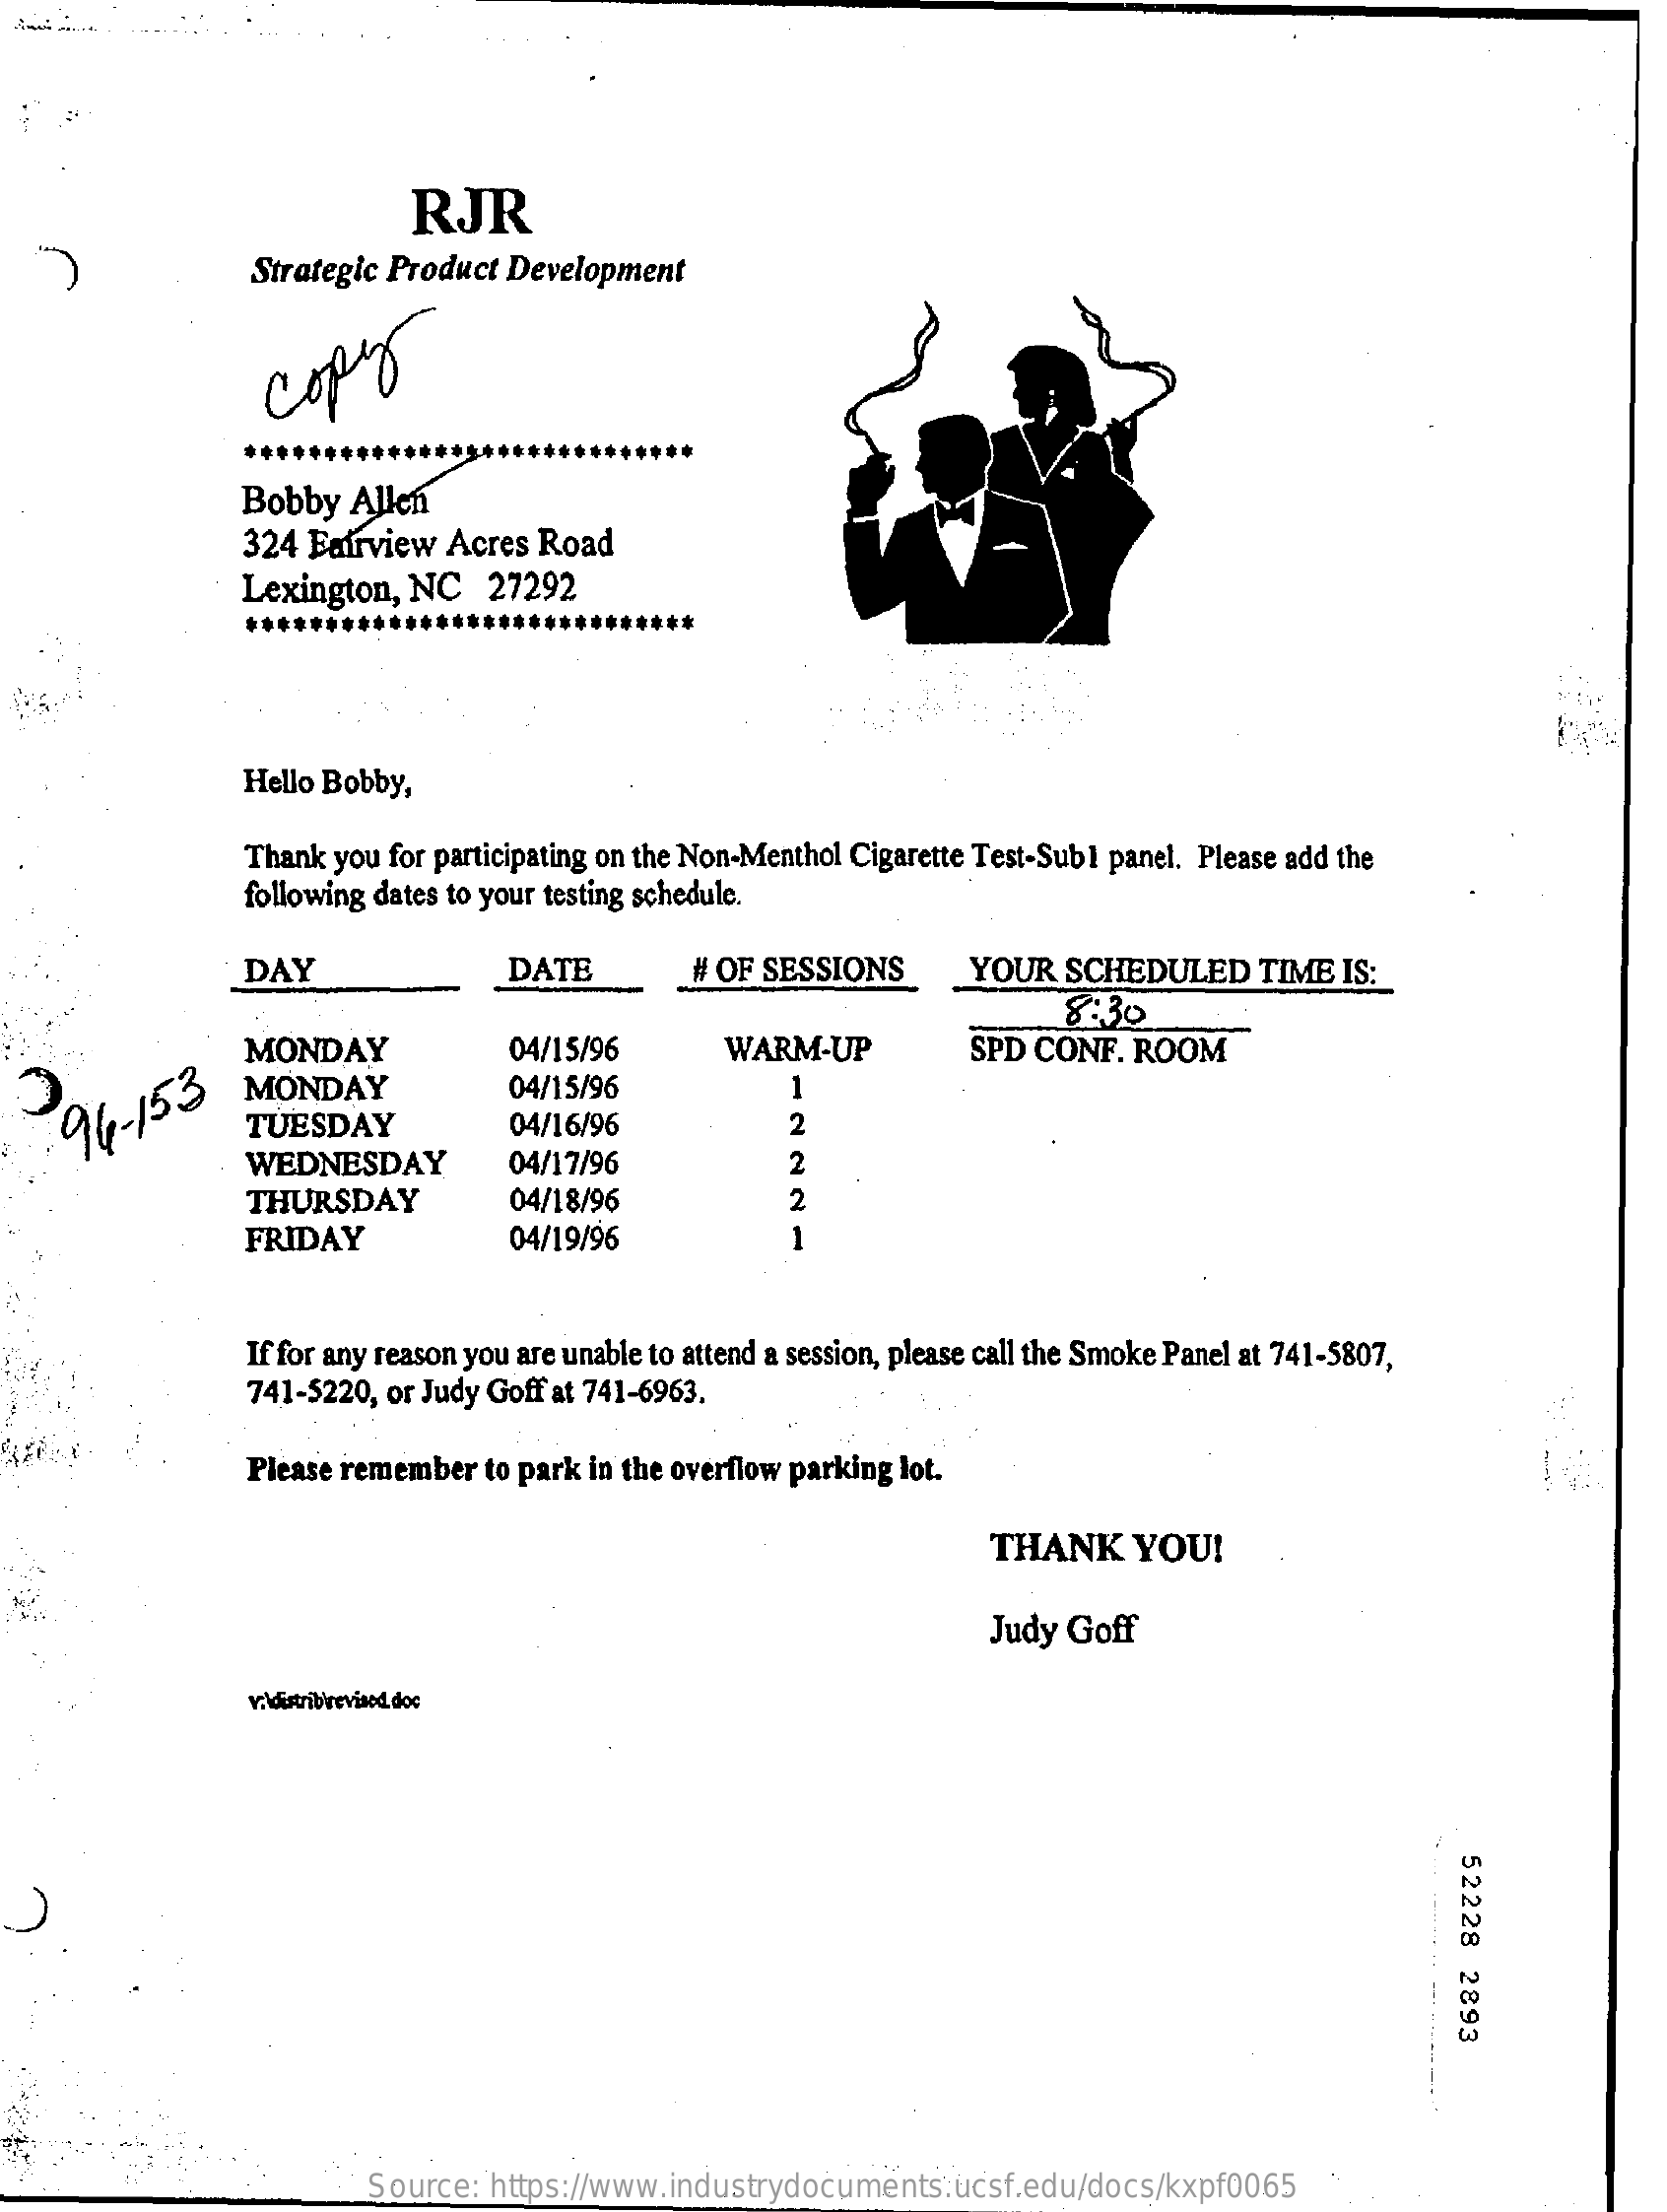
RJR
     Strategic Product Development
     copy
     Bobby   Allen
     324 Fairview Acres Road
     Lexington, NC    27292
     *****************************
     Hello Bobby,
     Thank you for participating on the Non-Menthol Cigarette Test-Sub1 panel. Please add the
     following dates to your testing schedule.
     DAY    DATE    # OF SESSIONS    YOUR  SCHEDULED    TIME  IS:
     8:30
     MONDAY    04/15/96    WARM-UP    SPD CONF.  ROOM
     MONDAY    04/15/96    1
   94  -153
     TUESDAY    04/16/96    2
     WEDNESDAY    04/17/96    2
     THURSDAY    04/18/96    2
     FRIDAY    04/19/96    1
     If for any reason you are unable to attend a session, please call the Smoke Panel at 741-5807,
     741-5220, or Judy Goff at 741-6963.
     Please remember to park in the overflow parking lot.
     THANK    YOU!
     Judy Goff
     v.ldistrib'revised. doc
     52228
     2893
     Source: https://www.industrydocuments.ucsf.edu/docs/kxpf0065